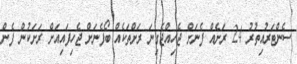
ސެންޓަރުއިތުރު 24 ރަށެއް ފެނަށް ޖެހިއްޖެގިނަ ރަށްތަކެއް ބޯފެނަށް ޖެހިފައިއަށް ރަށަކުން ފެން